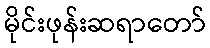
မိုင်းဖုန်းဆရာတော်